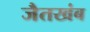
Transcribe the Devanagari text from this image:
जैतखंब